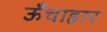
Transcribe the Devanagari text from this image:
ऊँचाहार